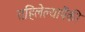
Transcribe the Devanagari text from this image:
राहिलेल्यापैंकी